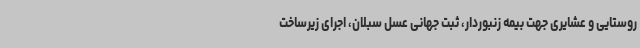
روستایی و عشایری جهت بیمه زنبوردار، ثبت جهانی عسل سبلان، اجرای زیرساخت